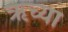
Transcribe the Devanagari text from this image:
ऋच्या